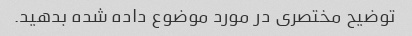
توضیح مختصری در مورد موضوع داده شده بدهید.